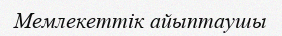
Мемлекеттік айыптаушы